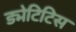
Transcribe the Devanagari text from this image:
ड्मेटिटिस